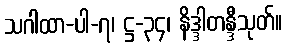
သဂါထာ-ပါ-၇၊ ဋ္ဌ-၃၄၊ နိဒ္ဒါတန္ဒီသုတ်။